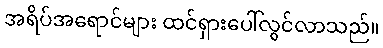
အရိပ်အရောင်များ ထင်ရှားပေါ်လွင်လာသည်။